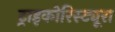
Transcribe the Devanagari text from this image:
ट्राइकोरिस्ट्यूरा